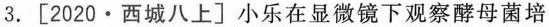
3.[2020·西城八上]小乐在显微镜下观察酵母菌培